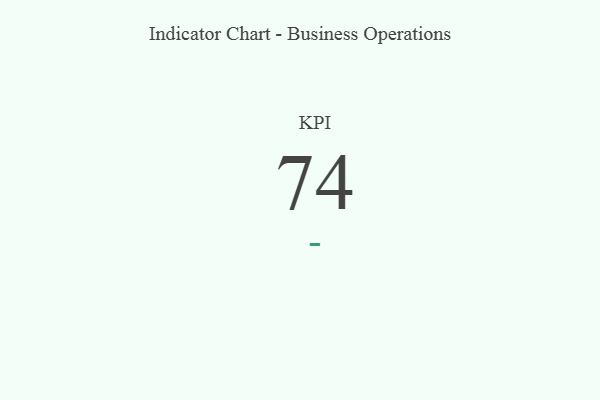
{"axis": {"x": "KPI", "y": "Value"}, "legend": [""], "data": [{"x": "KPI", "y": 74, "type": ""}]}